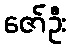
ဇော်ဦး